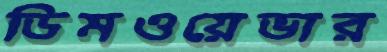
ডিমওয়েভার